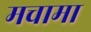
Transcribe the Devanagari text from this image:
मचामा